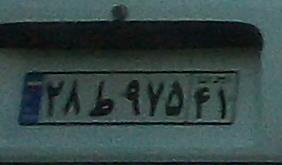
۲۸ط۹۷۵۴۱